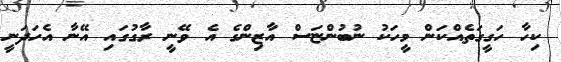
ކިހާ ހަގީގަތެއްކަން މީހަކު ނުބުންޏަސް އާޒިންގެ އެ ވޭނީ ރާގުގައި އޭނާ އެހަދަނީ